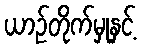
ယာဉ်တိုက်မှုနှင့်